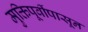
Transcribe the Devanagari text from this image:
मुक्तिपूर्वीपासून